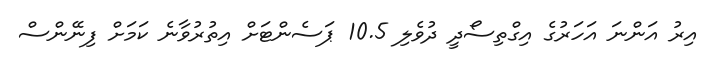
އިރު އަންނަ އަހަރުގެ އިގްތިސޯދީ ދުވެލި 10.5 ޕަސެންޓަށް އިތުރުވާނެ ކަމަށް ފިނޭންސް